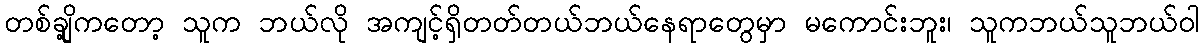
တစ်ချို့ကတော့ သူက ဘယ်လို အကျင့်ရှိတတ်တယ်ဘယ်နေရာတွေမှာ မကောင်းဘူး၊ သူကဘယ်သူဘယ်ဝါ